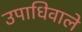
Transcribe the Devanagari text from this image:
उपाधिवाले